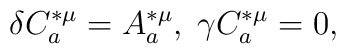
\delta C_{a}^{*\mu }=A_{a}^{*\mu },\;\gamma C_{a}^{*\mu }=0,